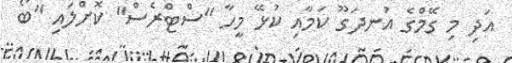
އަދި މި ގޭމްގެ އުނދަގޫ ކަމާއި ކުޅޭ މީހާ "ސްޓްރެސް" ކޮށްލައި "ބޯ